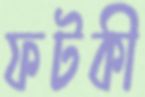
ফটকী